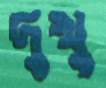
দুখু